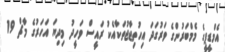
އެމްޑީޕީގެ މެމްބަރުންގެ ވަރުގަދަ އިހުތިޖާޖުތަކާއެކު ރައީސް ވަހީދު މިދިޔަ އަހަރުގެ މާޗް 19